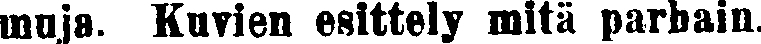
muja. Kuvien esittely mitä parhain.